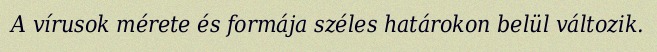
A vírusok mérete és formája széles határokon belül változik.